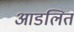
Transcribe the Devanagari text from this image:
आडलित